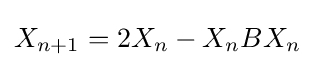
X_{n+1}=2X_{n}-X_{n}BX_{n}